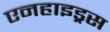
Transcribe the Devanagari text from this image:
एनहाइड्रस